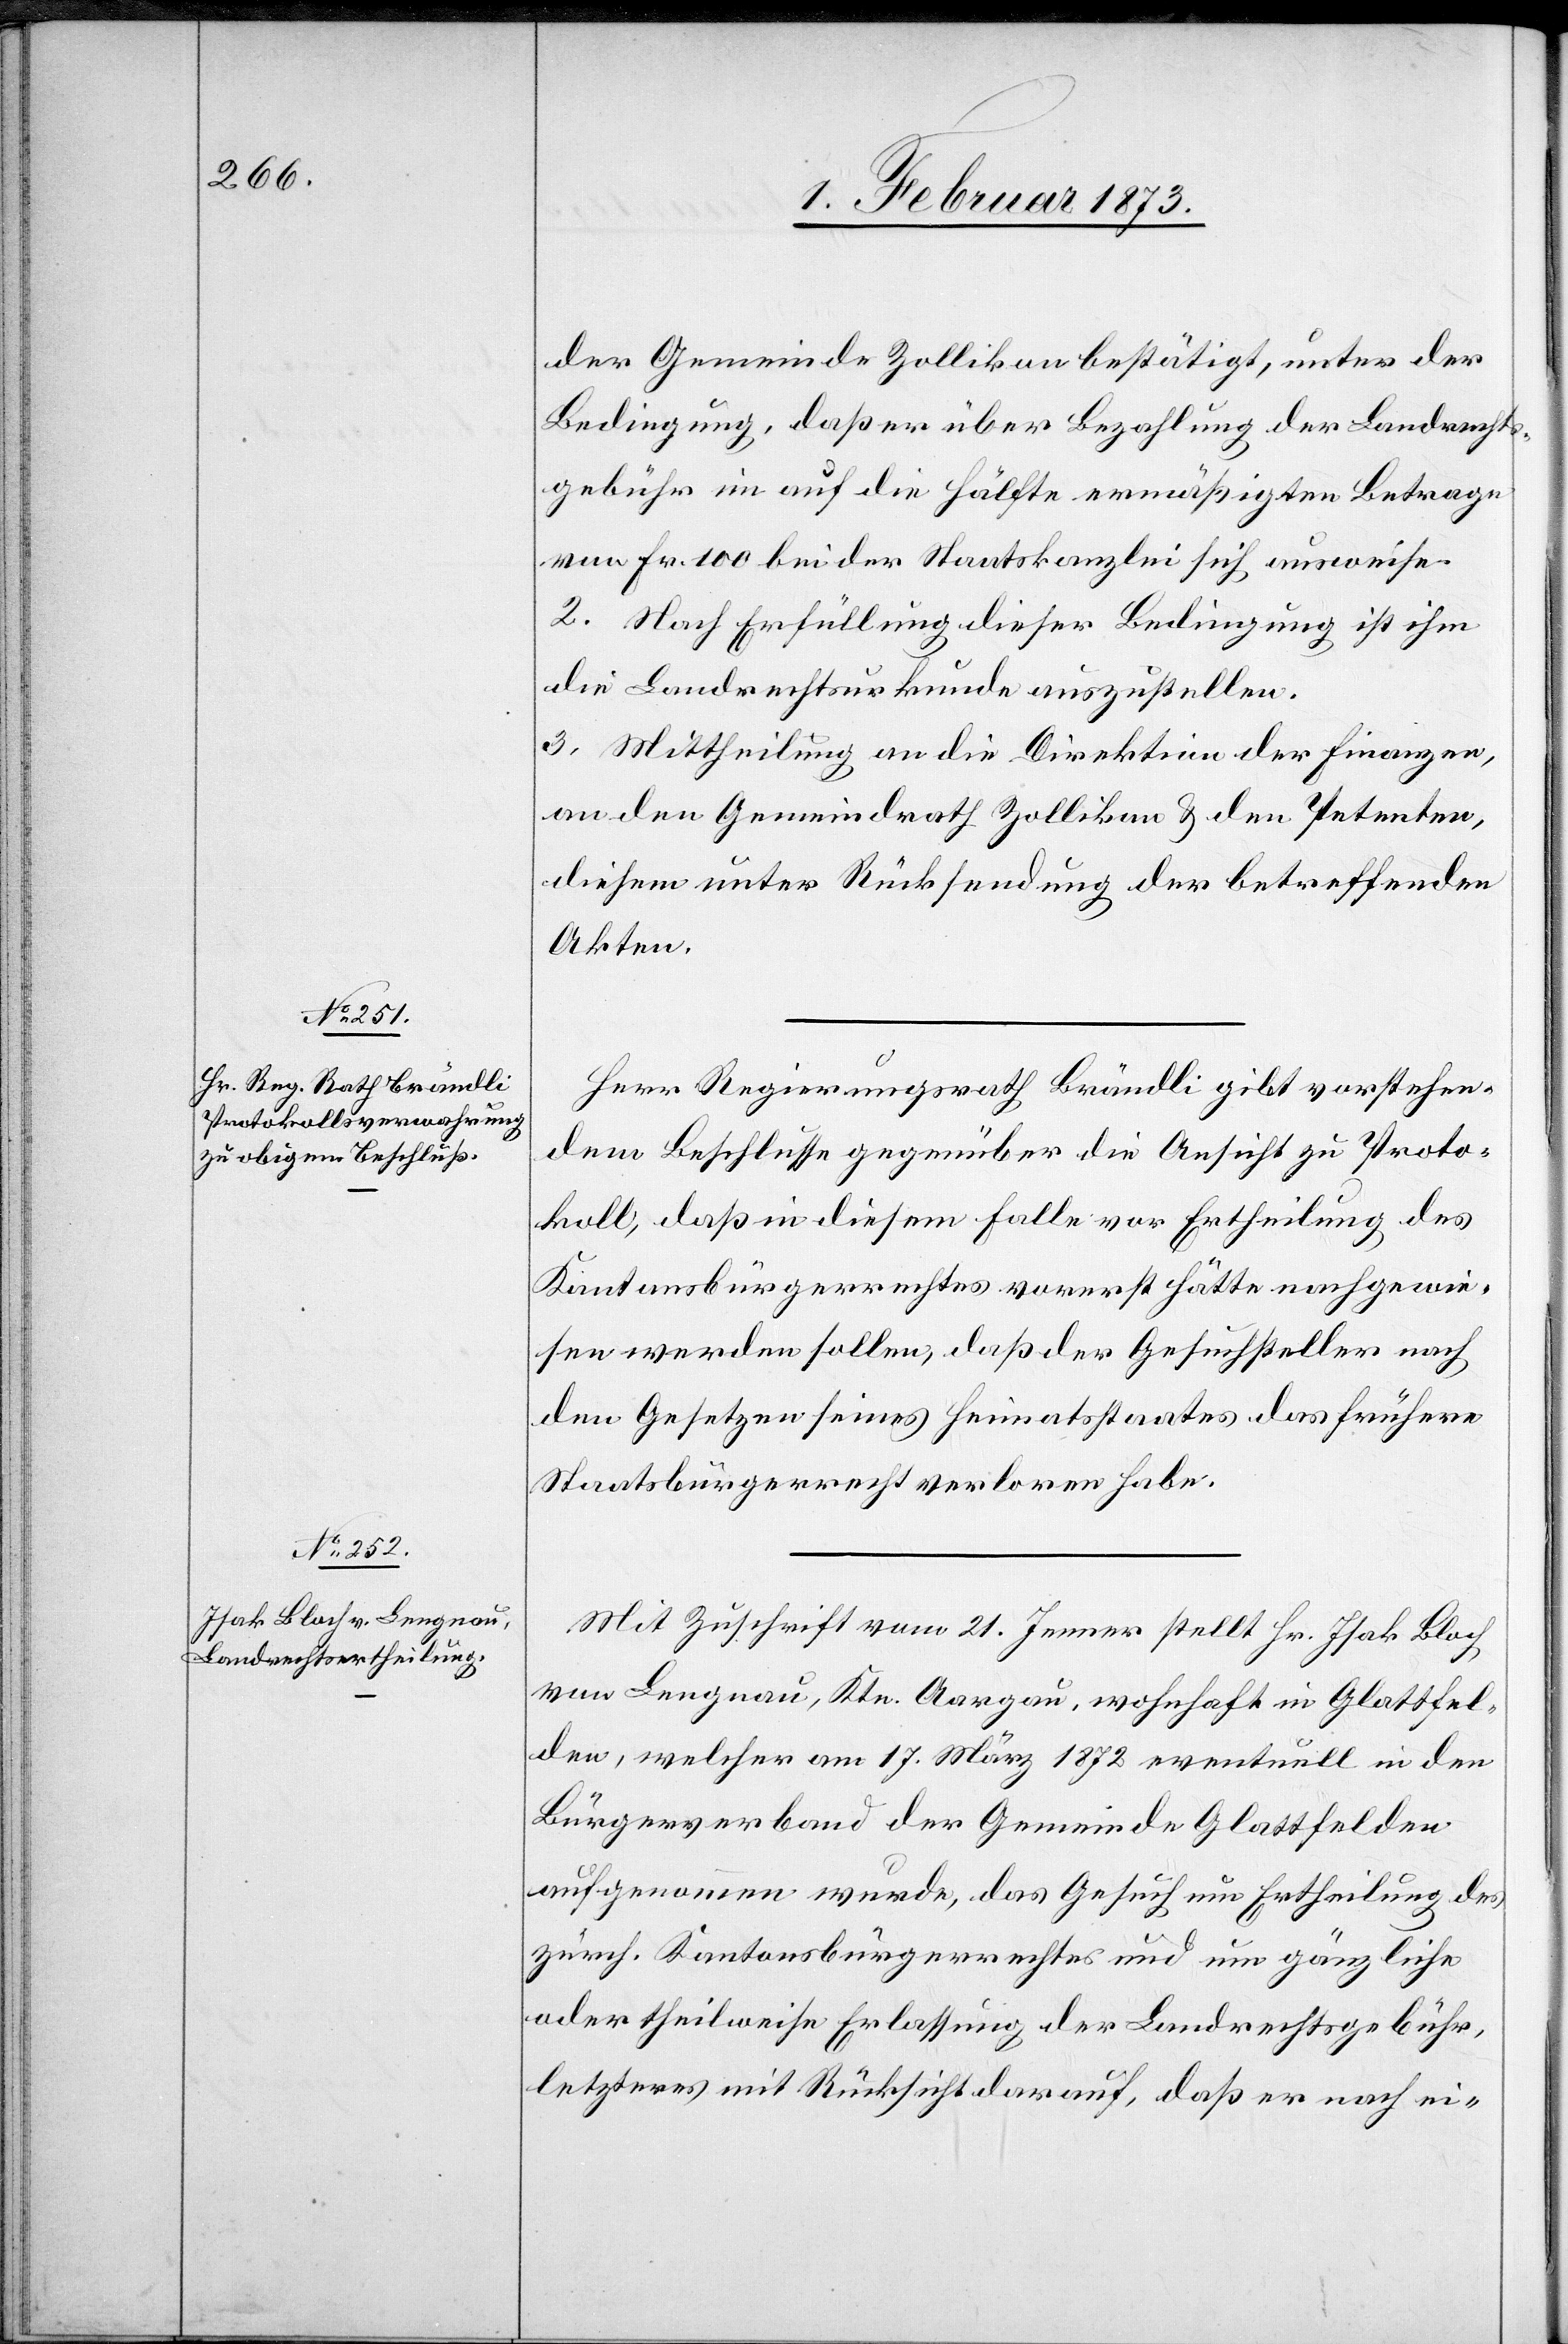
der Gemeinde Zollikon bestätigt, unter der
Bedingung, daß er über Bezahlung der Landrechts¬
gebühr im auf die Hälfte ermäßigten Betrage
von Fr. 100 bei der Staatskanzlei sich ausweise.
2. Nach Erfüllung dieser Bedingung ist ihm
die Landrechtsurkunde auszustellen.
3. Mittheilung an die Direktion der Finanzen,
an den Gemeindrath Zollikon u. den Petenten,
diesem unter Rücksendung der betreffenden
Akten.
Herr Regierungsrath Brändli gibt vorstehen¬
dem Beschlusse gegenüber die Ansicht zu Proto¬
koll, daß in diesem Falle vor Ertheilung des
Kantonsbürgerrechtes vorerst hätte nachgewie¬
sen werden sollen, daß der Gesuchsteller nach
den Gesetzen seines Heimatsstaates das frühere
Staatsbürgerrecht verloren habe.
Mit Zuschrift vom 21. Jenner stellt Hr. Isak Bloch
von Lengnau, Ktn. Aargau, wohnhaft in Glattfel¬
den, welcher am 17. März 1872 eventuell in den
Bürgerverband der Gemeinde Glattfelden
aufgenommen wurde, das Gesuch um Ertheilung des
zürch. Kantonsbürgerrechtes und um gänzliche
oder theilweise Erlassung der Landrechtsgebühr,
letzteres mit Rücksicht darauf, daß er nach ei-